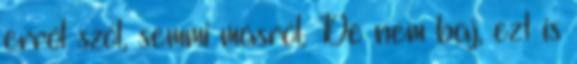
erről szól, semmi másról. De nem baj, ezt is